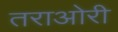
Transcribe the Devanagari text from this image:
तराओरी